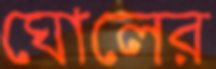
ঘোলের